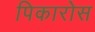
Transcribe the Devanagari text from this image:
पिकारोस